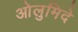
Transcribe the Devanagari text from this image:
ओलुमिदे